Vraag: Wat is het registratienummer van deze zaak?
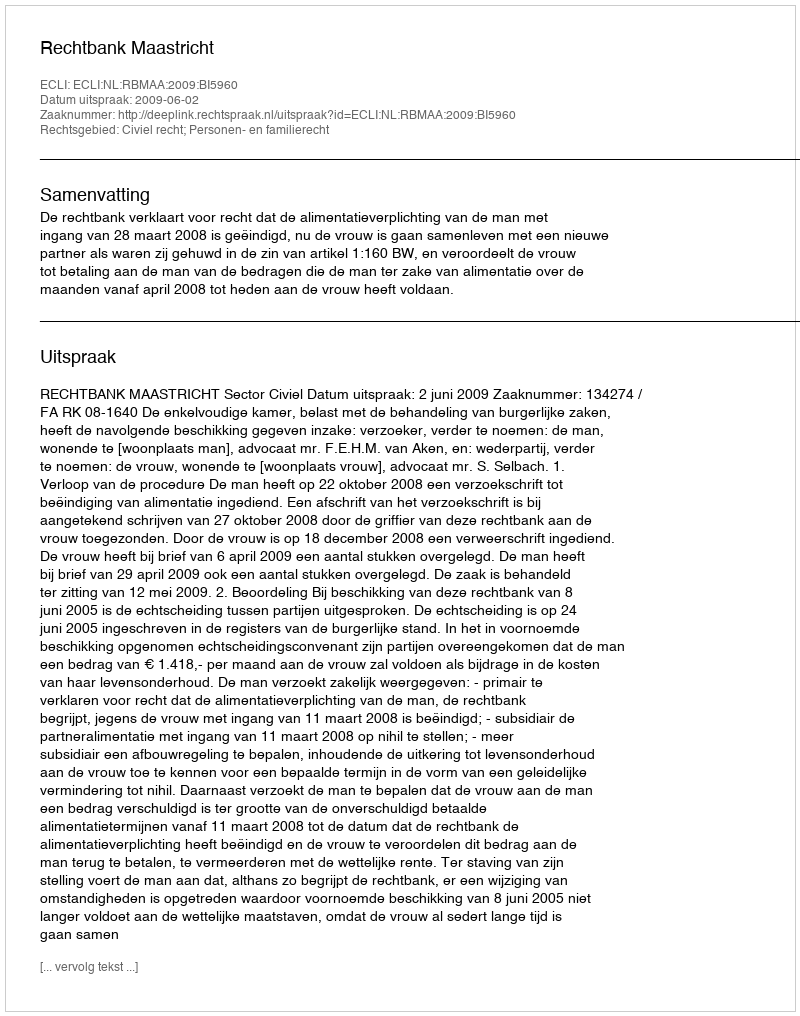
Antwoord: http://deeplink.rechtspraak.nl/uitspraak?id=ECLI:NL:RBMAA:2009:BI5960